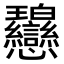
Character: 𢦋